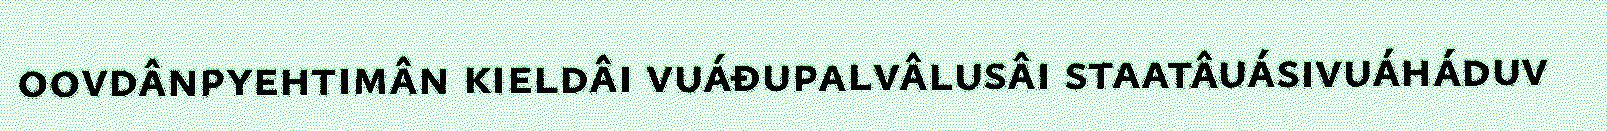
oovdânpyehtimân kieldâi vuáđupalvâlusâi staatâuásivuáháduv